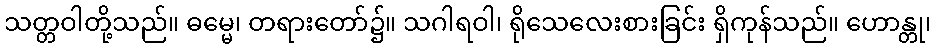
သတ္တဝါတို့သည်။ ဓမ္မေ၊ တရားတော်၌။ သဂါရဝါ၊ ရိုသေလေးစားခြင်း ရှိကုန်သည်။ ဟောန္တု၊